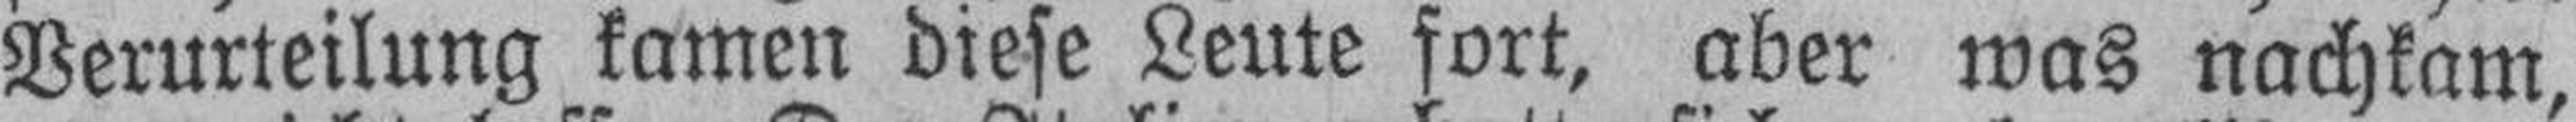
Verurteilung kamen diese Leute fort, aber was nachkam,